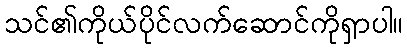
သင်၏ကိုယ်ပိုင်လက်ဆောင်ကိုရှာပါ။